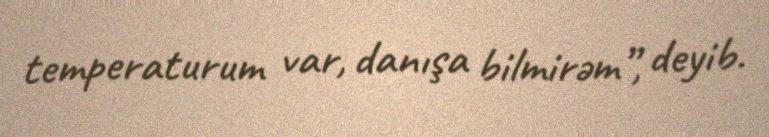
temperaturum var, danışa bilmirəm”, deyib.